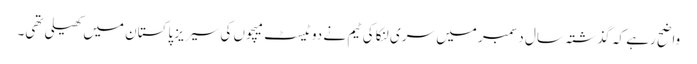
واضح رہے کہ گذشتہ سال دسمبر میں سری لنکا کی ٹیم نے دو ٹیسٹ میچوں کی سیریز پاکستان میں کھیلی تھی۔